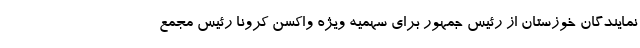
نمایندگان خوزستان از رئیس جمهور برای سهمیه ویژه واکسن کرونا رئیس مجمع